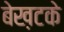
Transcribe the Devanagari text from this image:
बेख़टके